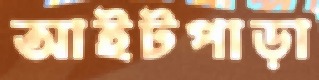
আইটপাড়া